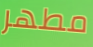
مطهر